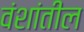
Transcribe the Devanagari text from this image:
वंशांतील